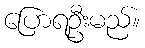
ပြောရဦးမည်။